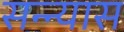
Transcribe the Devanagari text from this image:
सन्न्यास